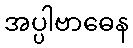
အပ္ပါဗာဓေန